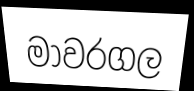
මාවරගල